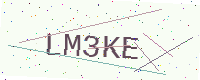
Text: LM3KE